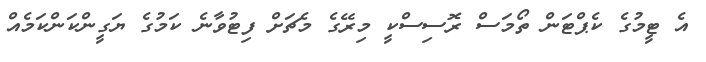
އެ ޓީމުގެ ކެޕްޓަން ތޯމަސް ރޮސިސްކީ މިރޭގެ މެޗަށް ފިޓުވާނެ ކަމުގެ ޔަގީންކަންކަމެއް